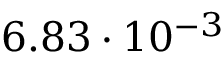
6 . 8 3 \cdot 1 0 ^ { - 3 }